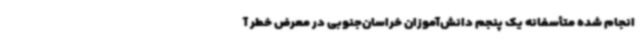
انجام شده متأسفانه یک پنجم دانش‌آموزان خراسان‌جنوبی در معرض خطر آ